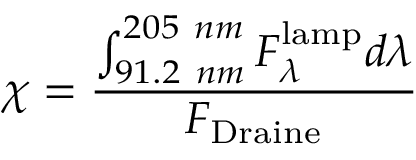
\chi = \frac { \int _ { 9 1 . 2 ~ n m } ^ { 2 0 5 ~ n m } F _ { \lambda } ^ { \mathrm { l a m p } } d \lambda } { F _ { \mathrm { D r a i n e } } }